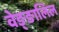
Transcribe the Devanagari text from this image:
वेङ्ङालिल